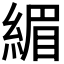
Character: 𫃷